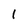
Character: 1